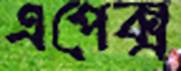
এপেক্স